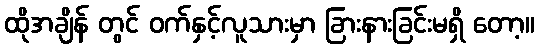
ထိုအချိန် တွင် ဝက်နှင့်လူသားမှာ ခြားနားခြင်းမရှိ တော့။